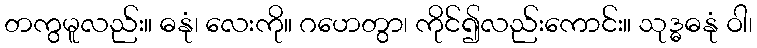
တကွမူလည်း။ ဓနုံ၊ လေးကို။ ဂဟေတွာ၊ ကိုင်၍လည်းကောင်း။ သုဒ္ဓဓနုံ ဝါ၊